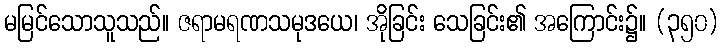
မမြင်သောသူသည်။ ဇရာမရဏသမုဒယေ၊ အိုခြင်း သေခြင်း၏ အကြောင်း၌။ (၃၅၀)